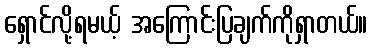
ရှောင်လို့ရမယ့် အကြောင်းပြချက်ကိုရှာတယ်။